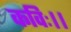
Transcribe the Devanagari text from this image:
कविः।।